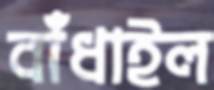
বাঁধাইল